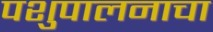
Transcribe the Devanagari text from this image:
पशुपालनाचा